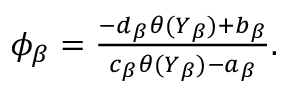
\begin{array} { r } { \phi _ { \beta } = \frac { - d _ { \beta } \theta ( Y _ { \beta } ) + b _ { \beta } } { c _ { \beta } \theta ( Y _ { \beta } ) - a _ { \beta } } . } \end{array}